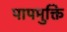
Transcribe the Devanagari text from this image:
पापमुक्ति